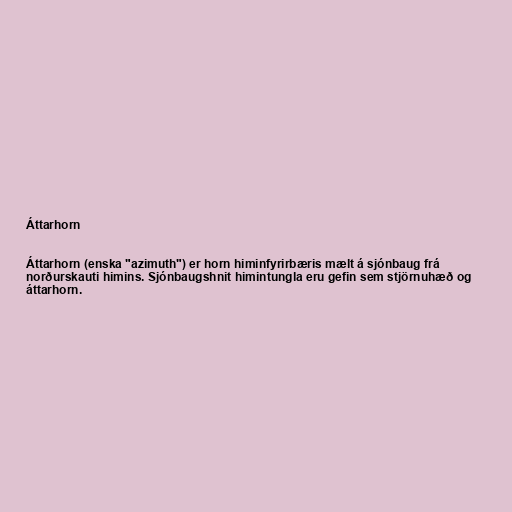
Áttarhorn

Áttarhorn (enska "azimuth") er horn himinfyrirbæris mælt á sjónbaug frá
norðurskauti himins. Sjónbaugshnit himintungla eru gefin sem stjörnuhæð og
áttarhorn.